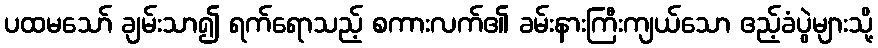
ပထမသော် ချမ်းသာ၍ ရက်ရောသည့် စကားလက်၏ ခမ်းနားကြီးကျယ်သော ဧည့်ခံပွဲများသို့